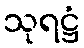
သုရဋ္ဌံ